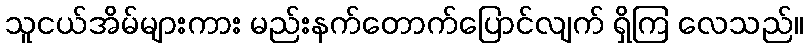
သူငယ်အိမ်များကား မည်းနက်တောက်ပြောင်လျက် ရှိကြ လေသည်။